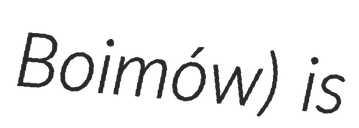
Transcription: Boimów) is